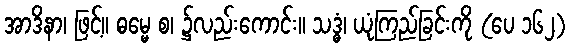
အာဒိနာ၊ ဖြင့်။ ဓမ္မေ စ၊ ၌လည်းကောင်း။ သဒ္ဓံ၊ ယုံကြည်ခြင်းကို (ပေ ၁၆၂)